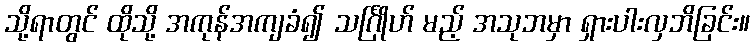
သို့ရာတွင် ထိုသို့ အကုန်အကျခံ၍ သင်္ဂြိုဟ် မည့် အသုဘမှာ ရှားပါးလှဘိခြင်း။